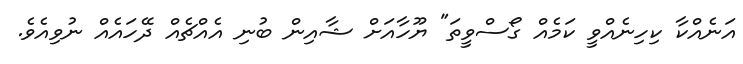
އަނެއްކާ ކިހިނެއްވީ ކަމެއް ގޯސްވީތަ" ޔޫހާއަށް ޝާއިން ބުނި އެއްޗެއް ދޭހައެއް ނުވިއެވެ.